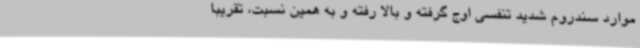
موارد سندروم شدید تنفسی اوج گرفته و بالا رفته و به همین نسبت، تقریبا